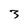
Character: 3